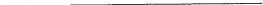
___